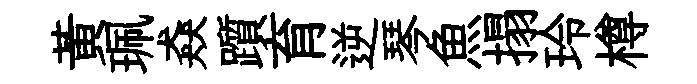
黄珮猋躓育逆琴魚搨玲樽